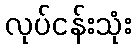
လုပ်ငန်းသုံး